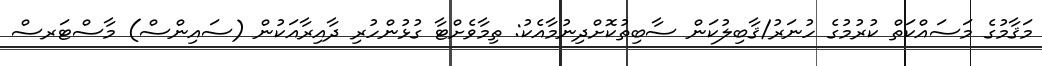
މަޤާމުގެ މަސައްކަތް ކުރުމުގެ ހުނަރު/ޤާބިލުކަން ސާބިތުކޮށްދިނުމާއެކު: ތިމާވެށްޓާ ގުޅުންހުރި ދާއިރާއަކުން (ސައިންސް) މާސްޓަރސް